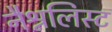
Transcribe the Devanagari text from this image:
नैश्नलिस्ट